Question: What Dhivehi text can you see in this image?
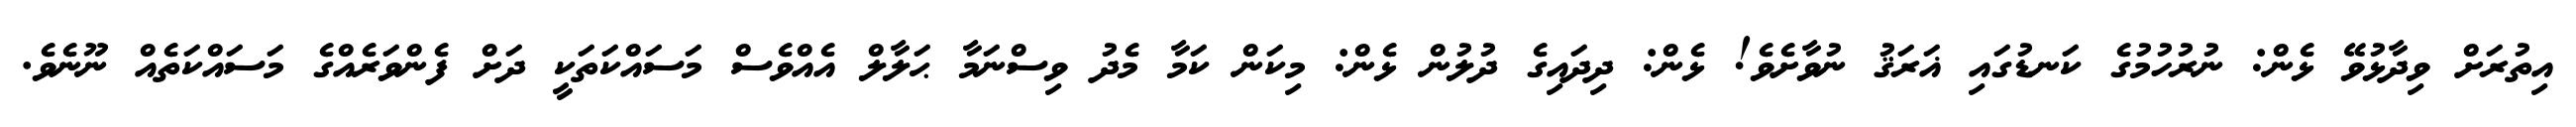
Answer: އިތުރަށް ވިދާޅުވޭ ޅެން: ނުރުހުމުގެ ކަނޑުގައި ޣަރަޤު ނުވާށެވެ! ޅެން: ދިދައިގެ ދުލުން ޅެން: މިކަން ކަމާ މެދު ވިސްނަމާ ޙަލާލް އެއްވެސް މަސައްކަތަކީ ދަށް ފެންވަރެއްގެ މަސައްކަތެއް ނޫނެވެ.